Lunatic asylums Punjab 1895-1910 - 1895-1910
Year: 1895
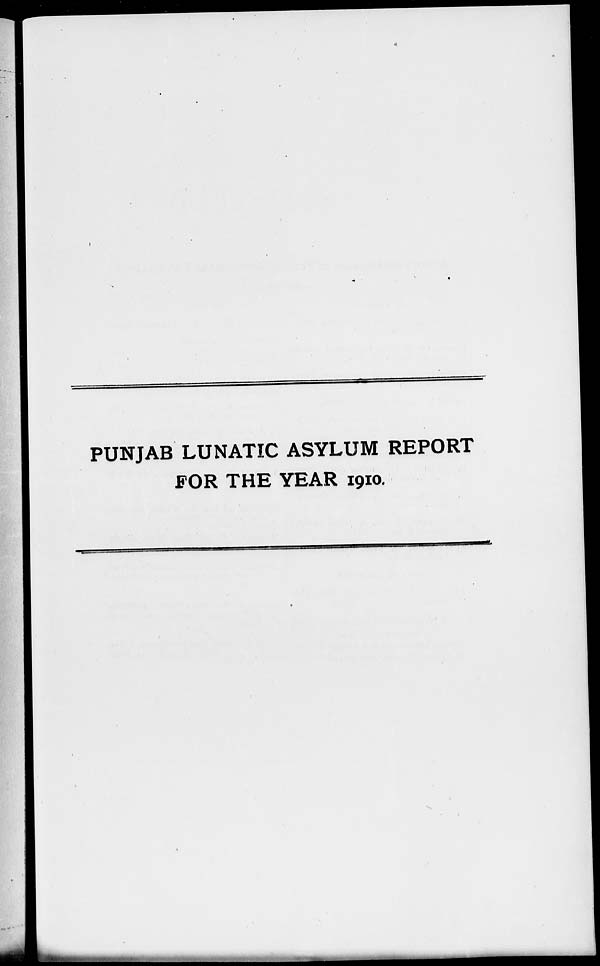
PUNJAB LUNATIC ASYLUM REPORT
FOR THE YEAR 1910.